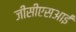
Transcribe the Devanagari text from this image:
जीसीएसआई